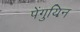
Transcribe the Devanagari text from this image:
पेंगुयिन